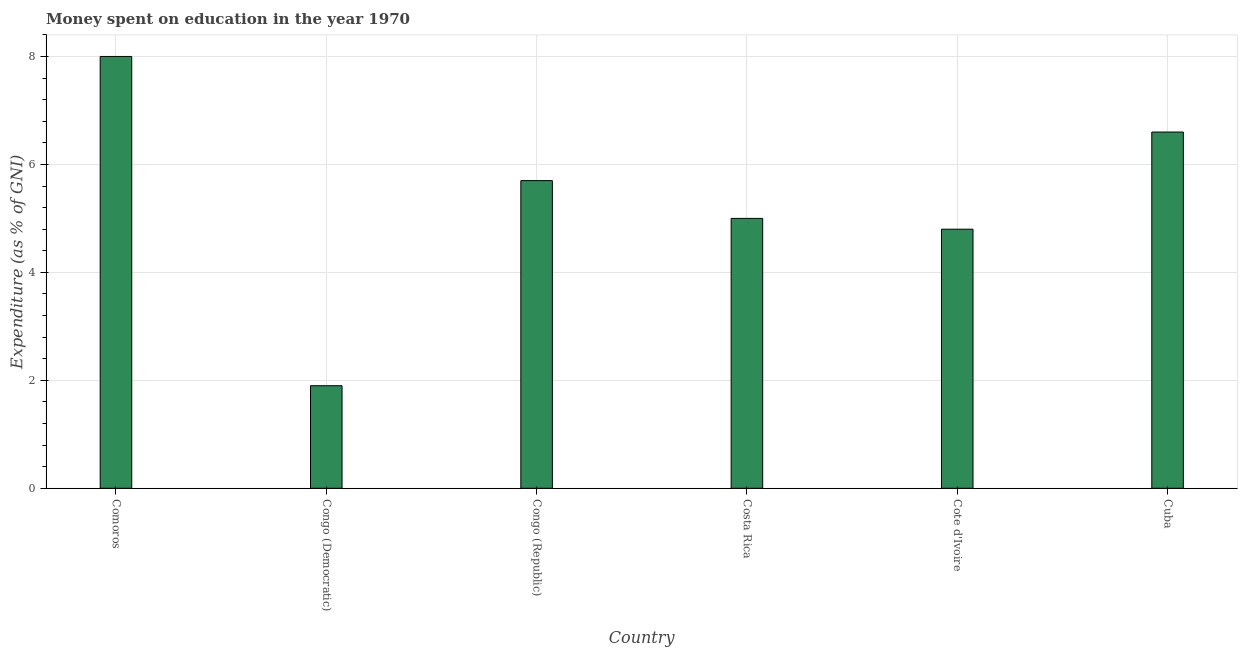
| Country | Education expenditure |
 | --- | --- |
 | Comoros | 8 |
 | Congo (Democratic) | 1.9 |
 | Congo (Republic) | 5.7 |
 | Costa Rica | 5 |
 | Cote d'Ivoire | 4.8 |
 | Cuba | 6.6 |